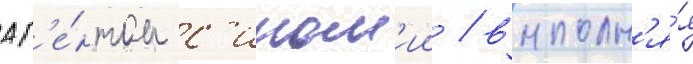
аг'е́нтом с'ином'ии / выполн'я́я